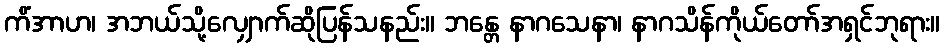
ကိံအာဟ၊ အဘယ်သို့လျှောက်ဆိုပြန်သနည်း။ ဘန္တေ နာဂသေနာ၊ နာဂသိန်ကိုယ်တော်အရှင်ဘုရား။